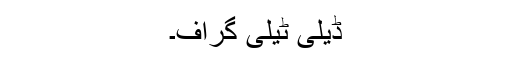
ڈیلی ٹیلی گراف۔